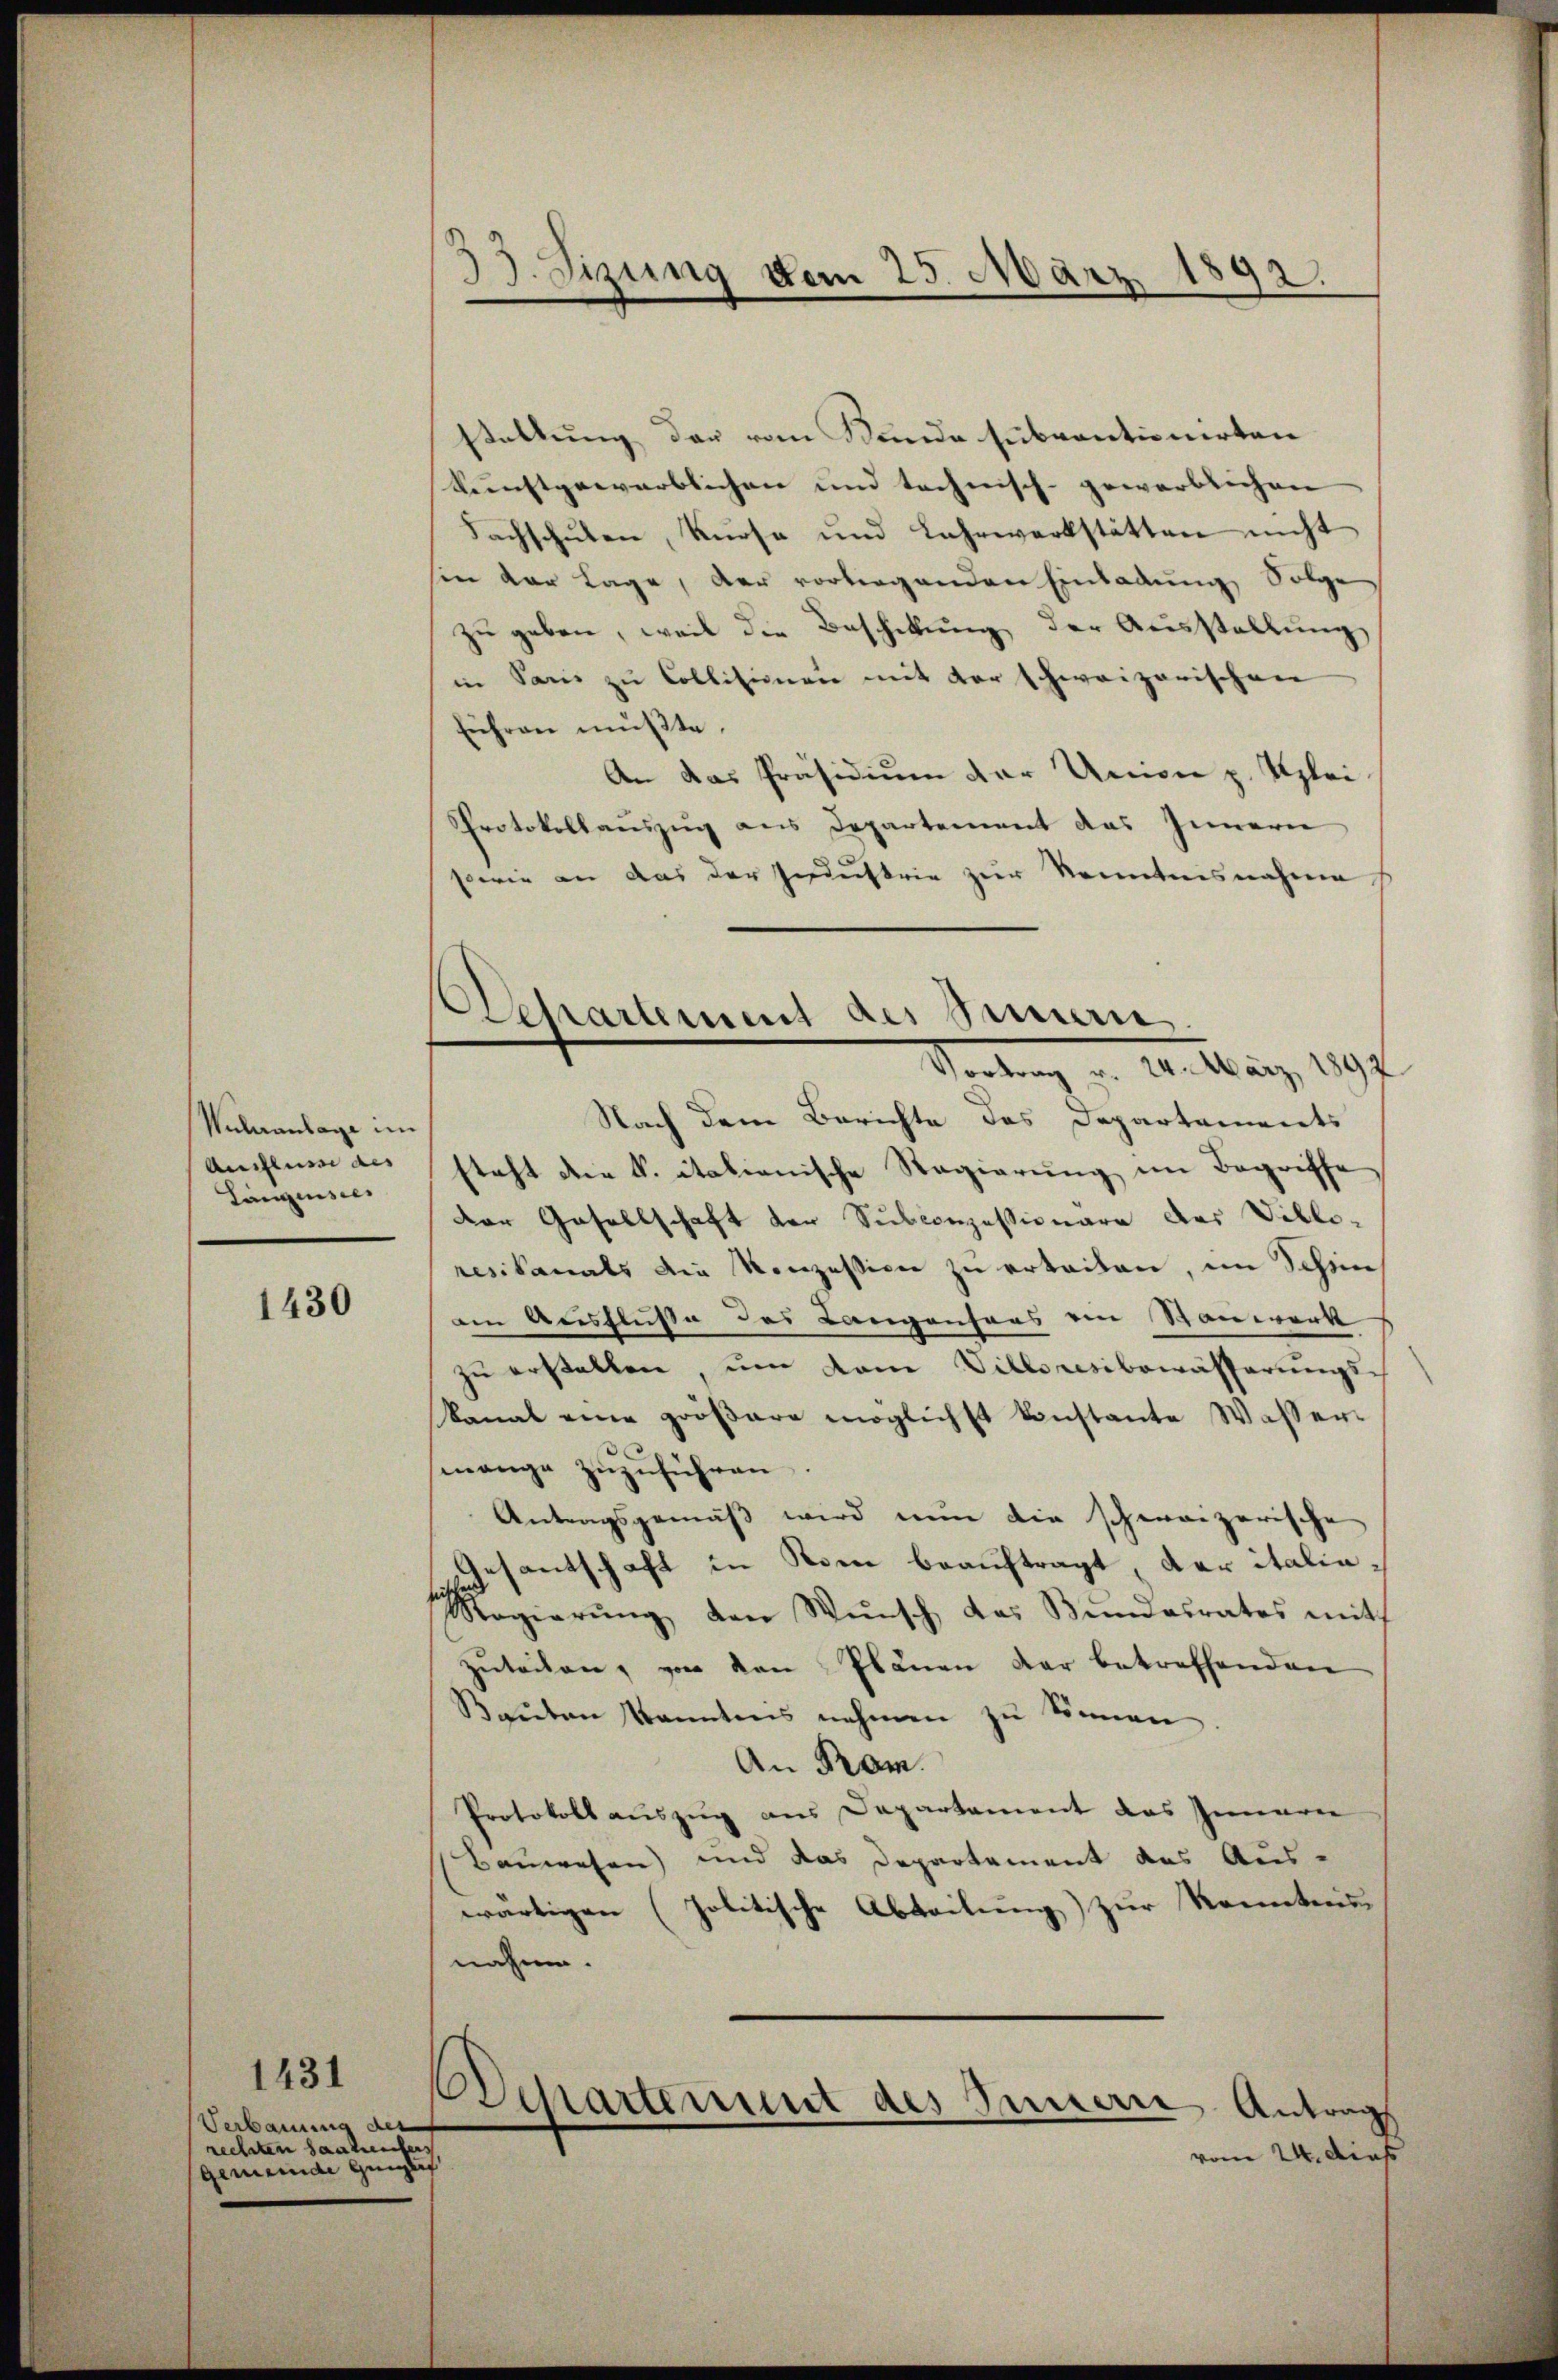
Wuleranlage im
Anflusse des
Längenster

1430

Verbauung des
rechten santen
Gemeinde Ginglich

1431

33. Fizung vom 25. März 1892.

Departement des Sinnern.
Vertrag u. Antrag, 1897

stellung der vom Stunde subventionirten
Kunstgewarblichen und technisch-gewärblichen
Sachschulen, Kurse und Lahrwerkstätten nicht
sin der Lage, der vorliegenden Einladung Folge
zŭ geben, weil die Beschikŭng der Ausstellŭng
in Sanis zu Collisionen mit der schweizerischen
Fiehren müßte.
An das Präsidium der Union z. Klei¬
Protokollauszug aus Departement das Innern
sowie an das der Industrie zur Kenntnisnahme
Nach dem Berichte des Departaments
steht die S. italienische Regierung im Begriffe
der Gesellschaft der Subconzessionäre des Diblo-
resikanals die Konzession zu erbeiten, im Schin
am Ausflusse des Langensans ein Stanwerk
zu erstellen um dem Villeresibewässerungs-
kanal eine größere möglichst konstante Wassermange zuzuführen
Antragsgemäß wird nun die schweizerische
Gesantschaft in Rom beauftragt der italia¬
Regierŭng den Wŭnsch, das Bundesrates mit
zuteilen, von den Plänen der betreffenden
Bauten kanntens nehmen zu können
An Prom
Protokoll auszug aus Departement das Innere
Bauwesen) und das Departement des Aus-
wärtigen (politische Abteilung zur Konnten
nahme.
Departement des Inner Antrag
vom 24. Dies